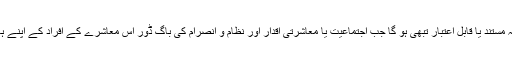
لیکن یہ پیمانہ مستند یا قابلِ اعتبار تبھی ہو گا جب اجتماعیت یا معاشرتی اقدار اور نظام و انصرام کی باگ ڈور اُس معاشرے کے افراد کے اپنے ہاتھوں میں ہو۔